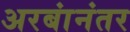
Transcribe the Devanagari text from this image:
अरबांनंतर